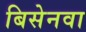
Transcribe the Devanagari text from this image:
बिसेनवा